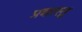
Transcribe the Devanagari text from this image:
प्रशास्तु